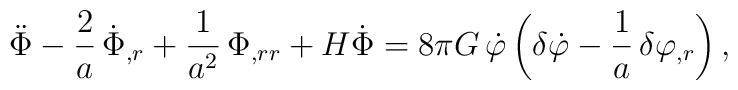
\ddot{\Phi} - \frac{2}{a}\, \dot{\Phi}_{,r} +   \frac{1}{a^2}\, \Phi_{,rr} + H\dot{\Phi} =    8\pi G\, \dot{\varphi} \left( \delta\dot{\varphi} - \frac{1}{a}\,   \delta\varphi_{,r} \right),